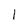
Character: l